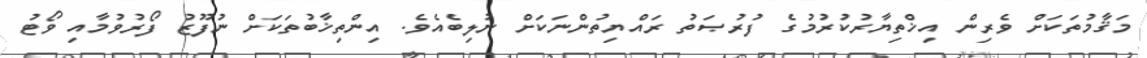
މަޤާމުތަކަށް ވެރިން އިޚްތިޔާރުކުރުމުގެ ފުރުޞަތު ރައްޔިތުންނަކަށް ނުލިބެއެވެ. އިންތިޚާބުތަކަށް ނުފޫޒު ފޯރުވުމާއި ވޯޓު